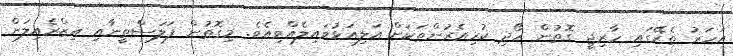
އަހަރު ތެރޭގައި ހާރިޖީ ގޮތުން ހޯދި ކުރިއެރުންތަކަށް އަލިއަޅުވައިލެއްވިއެވެ. މިގޮތުން ފަލަސްތީނާއި އިޒްރެއިލަށް